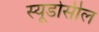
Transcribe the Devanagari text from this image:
स्यूडोसील